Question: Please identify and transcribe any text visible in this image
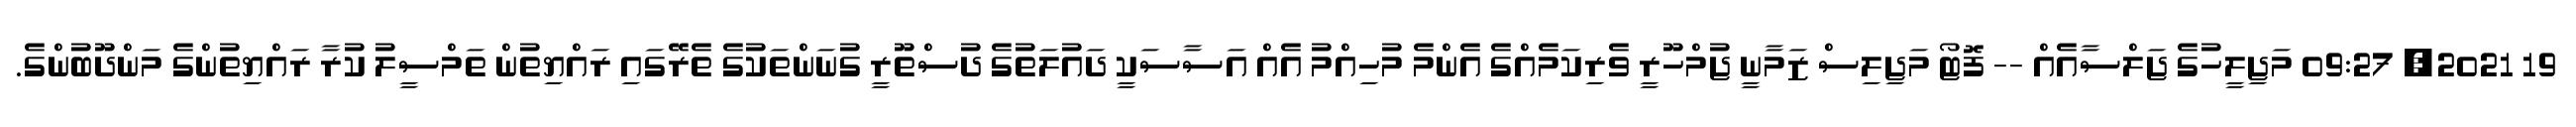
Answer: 19 2021, 09:27 މަޖިލީހުގެ ޖަލްސާއެއް -- ފޮޓޯ މަޖިލިސް ޒަމާނީ ޖުމްހޫރީ ވެރިކަމެއްގެ އެންމެ މުހިއްމު އެއް އަސާސަކީ ދައުލަތުގެ ދުސްތޫރީ ގުނަންތަކުގެ ތެރޭގައި ރައްޔިތުން ތަމްސީލު ކުރާ ރައްޔިތުންގެ މަންދޫބުންގެ.